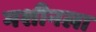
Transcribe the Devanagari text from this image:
मशीनला